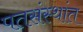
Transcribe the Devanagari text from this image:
पतसंस्थांत